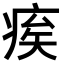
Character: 𤶗